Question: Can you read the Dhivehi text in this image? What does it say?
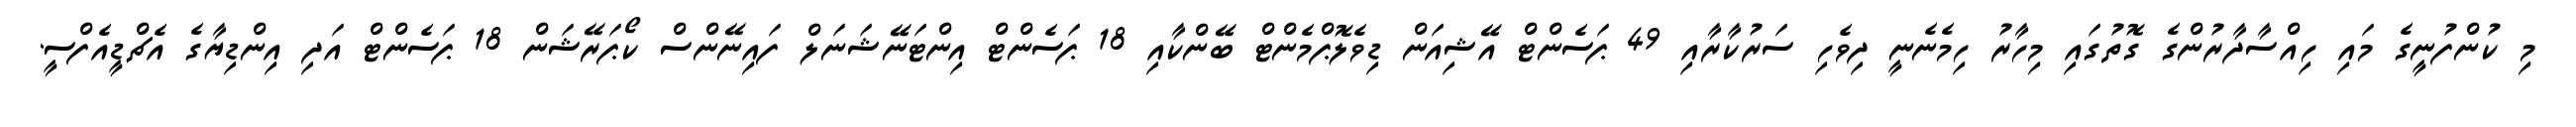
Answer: މި ކުންފުނީގެ މައި ހިއްސާދާރުންގެ ގޮތުގައި މިހާރު ހިމެނެނީ ދިވެހި ސަރުކާރާއި 49 ޕަސެންޓް އޭޝިއަން ޑިވެލޮޕްމެންޓް ބޭންކާއި 18 ޕަސެންޓް އިންޓަނޭޝަނަލް ފައިނޭންސް ކޯޕަރޭޝަން 18 ޕަސެންޓް އަދި އިންޑިޔާގެ އެޗްޑީއެފްސީ.